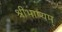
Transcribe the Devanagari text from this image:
श्रीभाष्यम्